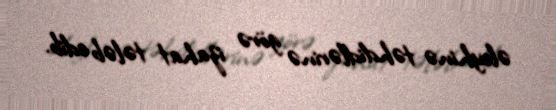
əleyhinə təhdidlərinə görə izahat tələb edib.